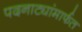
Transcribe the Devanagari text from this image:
पदनाट्यांमार्फत